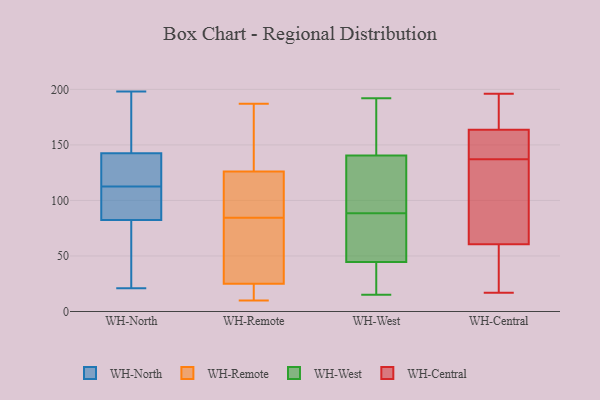
{"axis": {"x": "Website Visitors", "y": "Value"}, "legend": ["WH-Central", "WH-North", "WH-Remote", "WH-West"], "data": [{"x": "", "y": 108, "type": "WH-North"}, {"x": "", "y": 157, "type": "WH-North"}, {"x": "", "y": 150, "type": "WH-North"}, {"x": "", "y": 21, "type": "WH-North"}, {"x": "", "y": 105, "type": "WH-North"}, {"x": "", "y": 88, "type": "WH-North"}, {"x": "", "y": 126, "type": "WH-North"}, {"x": "", "y": 135, "type": "WH-North"}, {"x": "", "y": 117, "type": "WH-North"}, {"x": "", "y": 108, "type": "WH-North"}, {"x": "", "y": 77, "type": "WH-North"}, {"x": "", "y": 43, "type": "WH-North"}, {"x": "", "y": 55, "type": "WH-North"}, {"x": "", "y": 154, "type": "WH-North"}, {"x": "", "y": 106, "type": "WH-North"}, {"x": "", "y": 129, "type": "WH-North"}, {"x": "", "y": 119, "type": "WH-North"}, {"x": "", "y": 198, "type": "WH-North"}, {"x": "", "y": 60, "type": "WH-North"}, {"x": "", "y": 156, "type": "WH-North"}, {"x": "", "y": 84, "type": "WH-Remote"}, {"x": "", "y": 10, "type": "WH-Remote"}, {"x": "", "y": 155, "type": "WH-Remote"}, {"x": "", "y": 112, "type": "WH-Remote"}, {"x": "", "y": 67, "type": "WH-Remote"}, {"x": "", "y": 85, "type": "WH-Remote"}, {"x": "", "y": 43, "type": "WH-Remote"}, {"x": "", "y": 126, "type": "WH-Remote"}, {"x": "", "y": 16, "type": "WH-Remote"}, {"x": "", "y": 25, "type": "WH-Remote"}, {"x": "", "y": 146, "type": "WH-Remote"}, {"x": "", "y": 187, "type": "WH-Remote"}, {"x": "", "y": 109, "type": "WH-Remote"}, {"x": "", "y": 18, "type": "WH-Remote"}, {"x": "", "y": 111, "type": "WH-West"}, {"x": "", "y": 192, "type": "WH-West"}, {"x": "", "y": 140, "type": "WH-West"}, {"x": "", "y": 118, "type": "WH-West"}, {"x": "", "y": 51, "type": "WH-West"}, {"x": "", "y": 96, "type": "WH-West"}, {"x": "", "y": 33, "type": "WH-West"}, {"x": "", "y": 81, "type": "WH-West"}, {"x": "", "y": 170, "type": "WH-West"}, {"x": "", "y": 22, "type": "WH-West"}, {"x": "", "y": 38, "type": "WH-West"}, {"x": "", "y": 162, "type": "WH-West"}, {"x": "", "y": 68, "type": "WH-West"}, {"x": "", "y": 65, "type": "WH-West"}, {"x": "", "y": 15, "type": "WH-West"}, {"x": "", "y": 141, "type": "WH-West"}, {"x": "", "y": 162, "type": "WH-Central"}, {"x": "", "y": 103, "type": "WH-Central"}, {"x": "", "y": 196, "type": "WH-Central"}, {"x": "", "y": 68, "type": "WH-Central"}, {"x": "", "y": 185, "type": "WH-Central"}, {"x": "", "y": 169, "type": "WH-Central"}, {"x": "", "y": 29, "type": "WH-Central"}, {"x": "", "y": 160, "type": "WH-Central"}, {"x": "", "y": 196, "type": "WH-Central"}, {"x": "", "y": 38, "type": "WH-Central"}, {"x": "", "y": 145, "type": "WH-Central"}, {"x": "", "y": 27, "type": "WH-Central"}, {"x": "", "y": 111, "type": "WH-Central"}, {"x": "", "y": 137, "type": "WH-Central"}, {"x": "", "y": 17, "type": "WH-Central"}, {"x": "", "y": 159, "type": "WH-Central"}, {"x": "", "y": 89, "type": "WH-Central"}]}